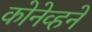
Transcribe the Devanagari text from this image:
कोनेव्हने